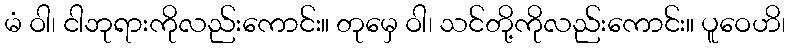
မံ ဝါ၊ ငါဘုရားကိုလည်းကောင်း။ တုမှေ ဝါ၊ သင်တို့ကိုလည်းကောင်း။ ပူဝေဟိ၊